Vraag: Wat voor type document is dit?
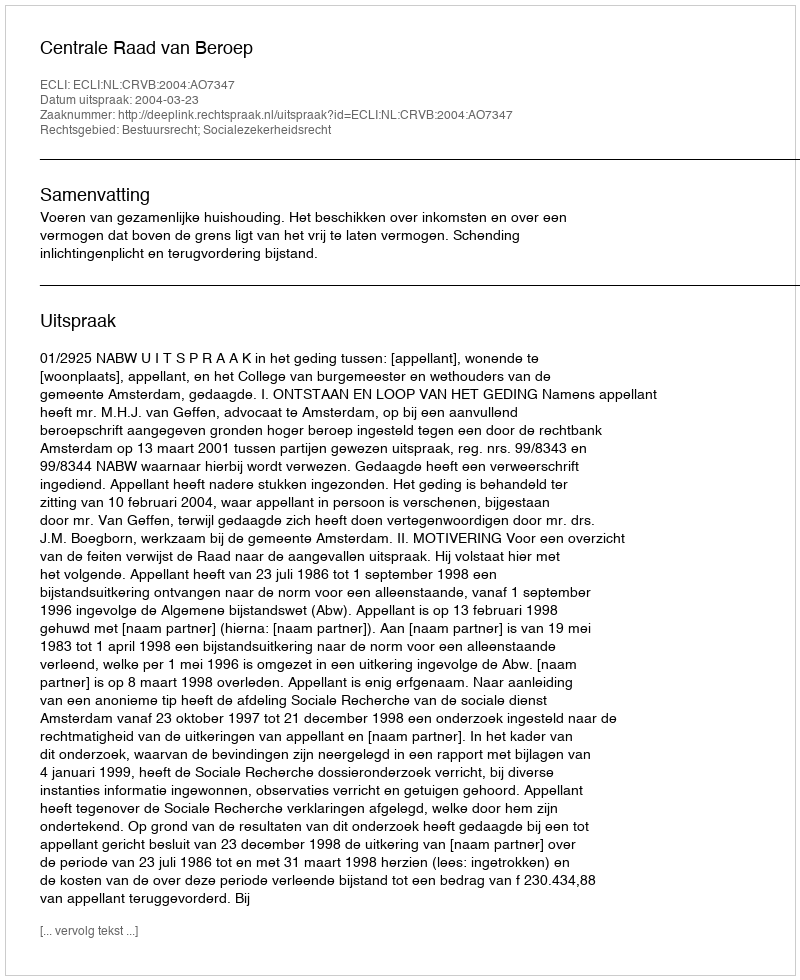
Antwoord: Uitspraak